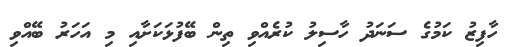
ހާފިޒު ކަމުގެ ސަނަދު ހާސިލު ކުރެއްވި ތިން ބޭފުޅަކަށާއި މި އަހަރު ބޭއްވި